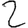
Digit: 2